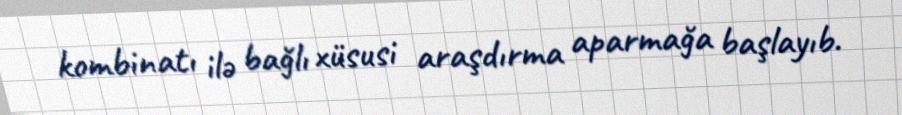
kombinatı ilə bağlı xüsusi araşdırma aparmağa başlayıb.